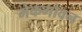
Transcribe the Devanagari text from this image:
मेकगोवन